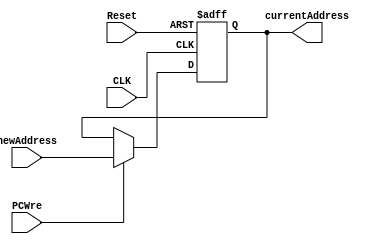
`timescale 1ns / 1ps
//////////////////////////////////////////////////////////////////////////////////
// Company: 
// Engineer: 
// 
// Design Name: 
// Module Name: PC
// Project Name: 
// Target Devices: 
// Tool Versions: 
// Description: 
// 
// Dependencies: 
// 
// Revision:
// Revision 0.01 - File Created
// Additional Comments:
// 
//////////////////////////////////////////////////////////////////////////////////


module PC(
	input CLK,	//
	input Reset,	//
	input PCWre,	//PC0PC
	input [31:0] newAddress,	//
	output reg[31:0] currentAddress	//
);
	initial begin
		currentAddress <= 0;  //
	end
	always@(posedge CLK or posedge Reset)begin
		if (Reset == 1)  currentAddress <= 0;  //0
		else begin
			if (PCWre)  currentAddress <= newAddress;
			else  currentAddress <= currentAddress;
		end
	end
endmodule